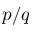
p / q